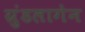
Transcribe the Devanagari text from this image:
ग्रुंडलागेन